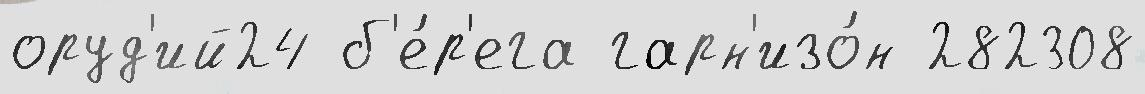
оруд'ий24 б'е́р'ега гарн'изо́н 282308